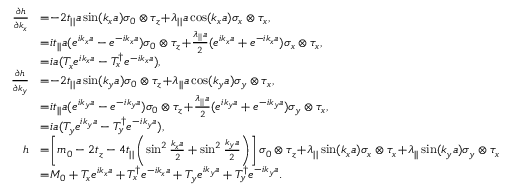
\begin{array} { r l } { \frac { \partial h } { \partial k _ { x } } } & { \! = \! - 2 t _ { | | } a \sin ( k _ { x } a ) \sigma _ { 0 } \otimes \tau _ { z } \! + \! \lambda _ { | | } a \cos ( k _ { x } a ) \sigma _ { x } \otimes \tau _ { x } , } \\ & { \! = \! i t _ { | | } a ( e ^ { i k _ { x } a } - e ^ { - i k _ { x } a } ) \sigma _ { 0 } \otimes \tau _ { z } \! + \! \frac { \lambda _ { | | } a } { 2 } ( e ^ { i k _ { x } a } + e ^ { - i k _ { x } a } ) \sigma _ { x } \otimes \tau _ { x } , } \\ & { \! = \! i a ( T _ { x } e ^ { i k _ { x } a } - T _ { x } ^ { \dagger } e ^ { - i k _ { x } a } ) , } \\ { \frac { \partial h } { \partial k _ { y } } } & { \! = \! - 2 t _ { | | } a \sin ( k _ { y } a ) \sigma _ { 0 } \otimes \tau _ { z } \! + \! \lambda _ { | | } a \cos ( k _ { y } a ) \sigma _ { y } \otimes \tau _ { x } , } \\ & { \! = \! i t _ { | | } a ( e ^ { i k _ { y } a } - e ^ { - i k _ { y } a } ) \sigma _ { 0 } \otimes \tau _ { z } \! + \! \frac { \lambda _ { | | } a } { 2 } ( e ^ { i k _ { y } a } + e ^ { - i k _ { y } a } ) \sigma _ { y } \otimes \tau _ { x } , } \\ & { \! = \! i a ( T _ { y } e ^ { i k _ { y } a } - T _ { y } ^ { \dagger } e ^ { - i k _ { y } a } ) , } \\ { h } & { \! = \! \left[ m _ { 0 } - 2 t _ { z } - 4 t _ { | | } \left( \sin ^ { 2 } \frac { k _ { x } a } { 2 } + \sin ^ { 2 } \frac { k _ { y } a } { 2 } \right) \right] \sigma _ { 0 } \otimes \tau _ { z } \! + \! \lambda _ { | | } \sin ( k _ { x } a ) \sigma _ { x } \otimes \tau _ { x } \! + \! \lambda _ { | | } \sin ( k _ { y } a ) \sigma _ { y } \otimes \tau _ { x } } \\ & { \! = \! M _ { 0 } + T _ { x } e ^ { i k _ { x } a } + T _ { x } ^ { \dagger } e ^ { - i k _ { x } a } + T _ { y } e ^ { i k _ { y } a } + T _ { y } ^ { \dagger } e ^ { - i k _ { y } a } . } \end{array}